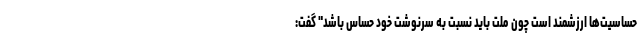
حساسیت‌ها ارزشمند است چون ملت باید نسبت به سرنوشت خود حساس باشد" گفت: